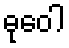
ဓုဝေါ